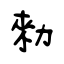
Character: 勑